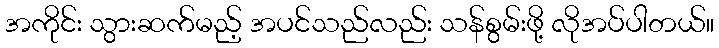
အကိုင်း သွားဆက်မည့် အပင်သည်လည်း သန်စွမ်းဖို့ လိုအပ်ပါတယ်။